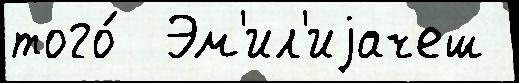
того́  Эм'ил'иjачеш